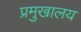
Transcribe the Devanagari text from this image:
प्रमुखालय